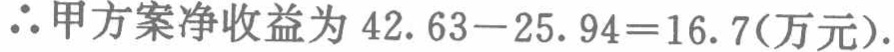
\(\therefore\)甲方案净收益为 \(42.63 - 25.94 = 16.7(\text{万元})\).